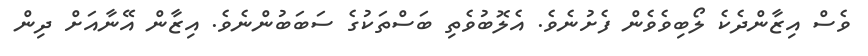
ވެސް އިޒާންދެކެ ލޯބިވެވެން ފެށުނެވެ. އެލޮބުވެތި ބަސްތަކުގެ ސަބަބުންނެވެ. އިޒާން އޭނާއަށް ދިން